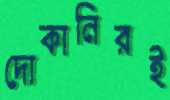
দোকানিরই